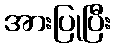
အားပြုပြီး